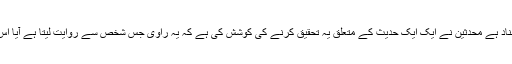
تیسری اہم چیز سلسلۂ اسناد ہے محدثین نے ایک ایک حدیث کے متعلق یہ تحقیق کرنے کی کوشش کی ہے کہ یہ راوی جس شخص سے روایت لیتا ہے آیا اس کا ہمعصر تھا یا نہیں ؟